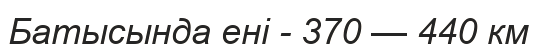
Батысында ені - 370 — 440 км